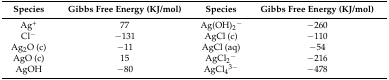
| Species | Gibbs Free Energy (KJ/mol) | Species | Gibbs Free Energy (KJ/mol) |
 | --- | --- | --- | --- |
 | Ag+ | 77 | Ag(OH)2− | −260 |
 | Cl− | −131 | AgCl (c) | −110 |
 | Ag2O (c) | −11 | AgCl (aq) | −54 |
 | AgO (c) | 15 | AgCl2− | −216 |
 | AgOH | −80 | AgCl43− | −478 |